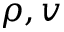
\rho , v